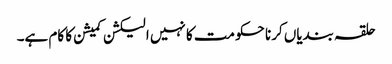
حلقہ بندیاں کرنا حکومت کا نہیں الیکشن کمیشن کا کام ہے۔